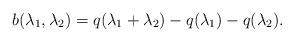
LaTeX: \begin{align*} b(\lambda_1,\lambda_2)=q(\lambda_1+\lambda_2)-q(\lambda_1)-q(\lambda_2).\end{align*}